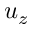
u _ { z }